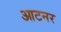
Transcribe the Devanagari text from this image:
आटनर